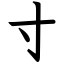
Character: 寸